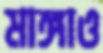
মাঙ্গাও